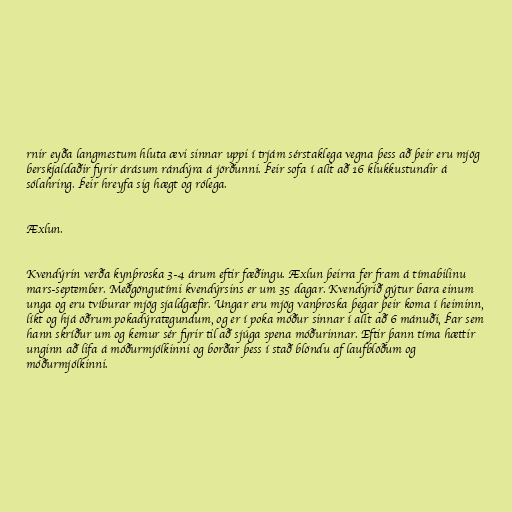
rnir eyða langmestum hluta ævi sinnar uppi í trjám sérstaklega vegna þess að þeir eru mjög
berskjaldaðir fyrir árásum rándýra á jörðunni. Þeir sofa í allt að 16 klukkustundir á
sólahring. Þeir hreyfa sig hægt og rólega.

Æxlun.

Kvendýrin verða kynþroska 3-4 árum eftir fæðingu. Æxlun þeirra fer fram á tímabilinu
mars-september. Meðgöngutími kvendýrsins er um 35 dagar. Kvendýrið gýtur bara einum
unga og eru tvíburar mjög sjaldgæfir. Ungar eru mjög vanþroska þegar þeir koma í heiminn,
líkt og hjá öðrum pokadýrategundum, og er í poka móður sinnar í allt að 6 mánuði, Þar sem
hann skríður um og kemur sér fyrir til að sjúga spena móðurinnar. Eftir þann tíma hættir
unginn að lifa á móðurmjólkinni og borðar þess í stað blöndu af laufblöðum og
móðurmjólkinni.